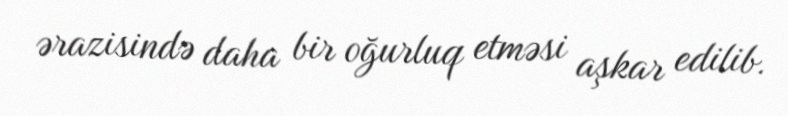
ərazisində daha bir oğurluq etməsi aşkar edilib.